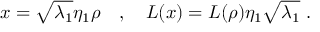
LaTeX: x = \sqrt { \lambda _ { 1 } } \eta _ { 1 } \rho \ \ \ , \ \ \ L ( x ) = L ( \rho ) \eta _ { 1 } \sqrt { \lambda _ { 1 } } \ .